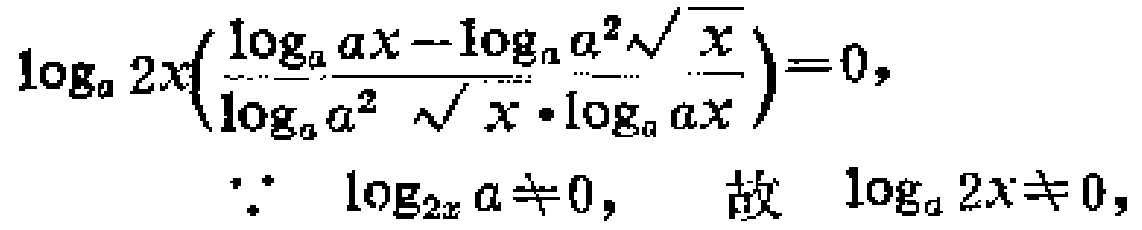
\(\log_{a}2x\left(\frac{\log_{a}ax - \log_{a}a^{2}\sqrt{\frac{x}{}}}{\log_{a}a^{2}\sqrt{x}\cdot\log_{a}ax}\right)=0,\)
\(\because\ \log_{2x}a\neq0,\ \ \ 故\ \ \log_{a}2x\neq0,\)